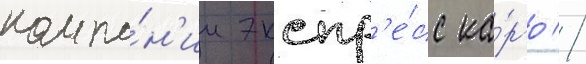
компа́н'ии экспр'е́сс ка́рго //